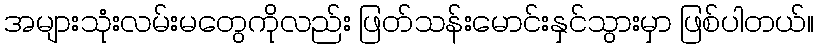
အများသုံးလမ်းမတွေကိုလည်း ဖြတ်သန်းမောင်းနှင်သွားမှာ ဖြစ်ပါတယ်။